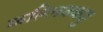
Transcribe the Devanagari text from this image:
कल्लिक्कडु